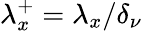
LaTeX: {\lambda}_{x}^{+}={\lambda}_{x}/\delta_{\nu}